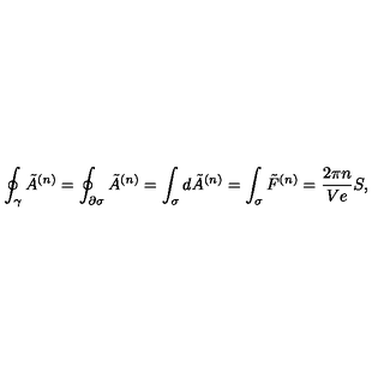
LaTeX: \oint _ { \gamma } \tilde { A } ^ { ( n ) } = \oint _ { \partial \sigma } \tilde { A } ^ { ( n ) } = \int _ { \sigma } d \tilde { A } ^ { ( n ) } = \int _ { \sigma } \tilde { F } ^ { ( n ) } = \frac { 2 \pi n } { V e } S ,